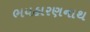
ભયહારણનાથ